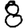
Digit: 8